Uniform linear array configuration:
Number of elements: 12
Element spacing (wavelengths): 1
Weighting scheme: exponential
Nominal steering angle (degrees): -60
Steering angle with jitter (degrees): -60.26
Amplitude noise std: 0.05
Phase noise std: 0.05

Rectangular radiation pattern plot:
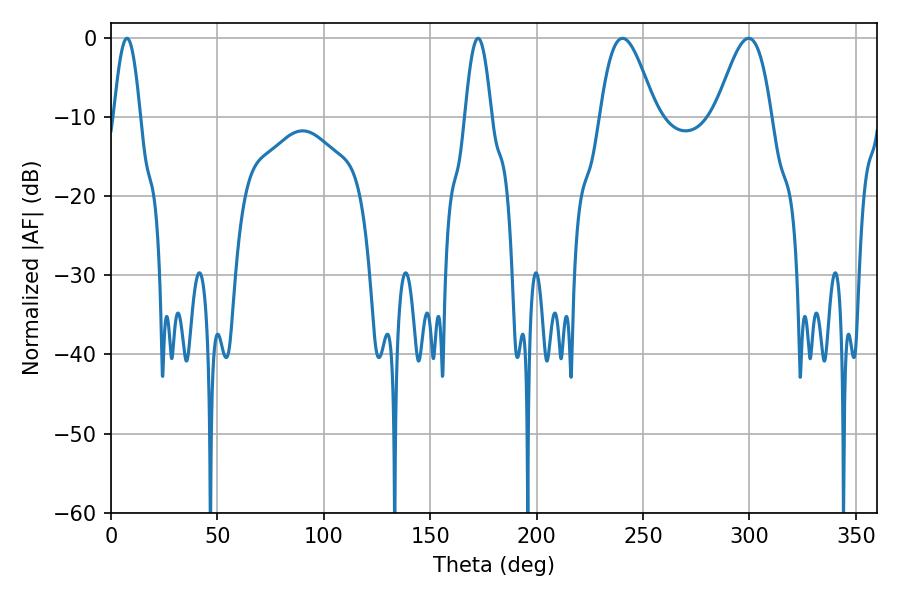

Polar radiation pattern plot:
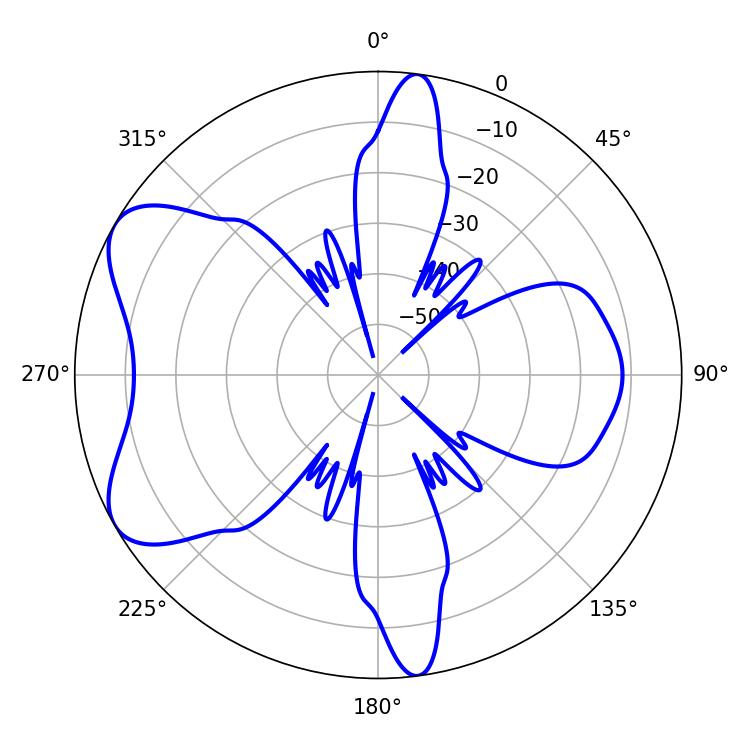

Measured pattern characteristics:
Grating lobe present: TRUE
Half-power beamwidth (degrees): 14.04
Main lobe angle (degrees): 240.3